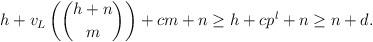
LaTeX: \begin{align*} h+v_L\left(\binom{h+n}{m}\right)+cm+n\ge h+cp^l+n\ge n+d.\end{align*}